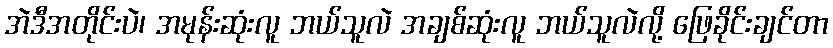
အဲဒီအတိုင်းပဲ၊ အမုန်းဆုံးလူ ဘယ်သူလဲ အချစ်ဆုံးလူ ဘယ်သူလဲလို့ ဖြေခိုင်းချင်တာ